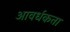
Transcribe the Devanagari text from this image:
आवर्धकता